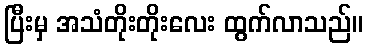
ပြီးမှ အသံတိုးတိုးလေး ထွက်လာသည်။